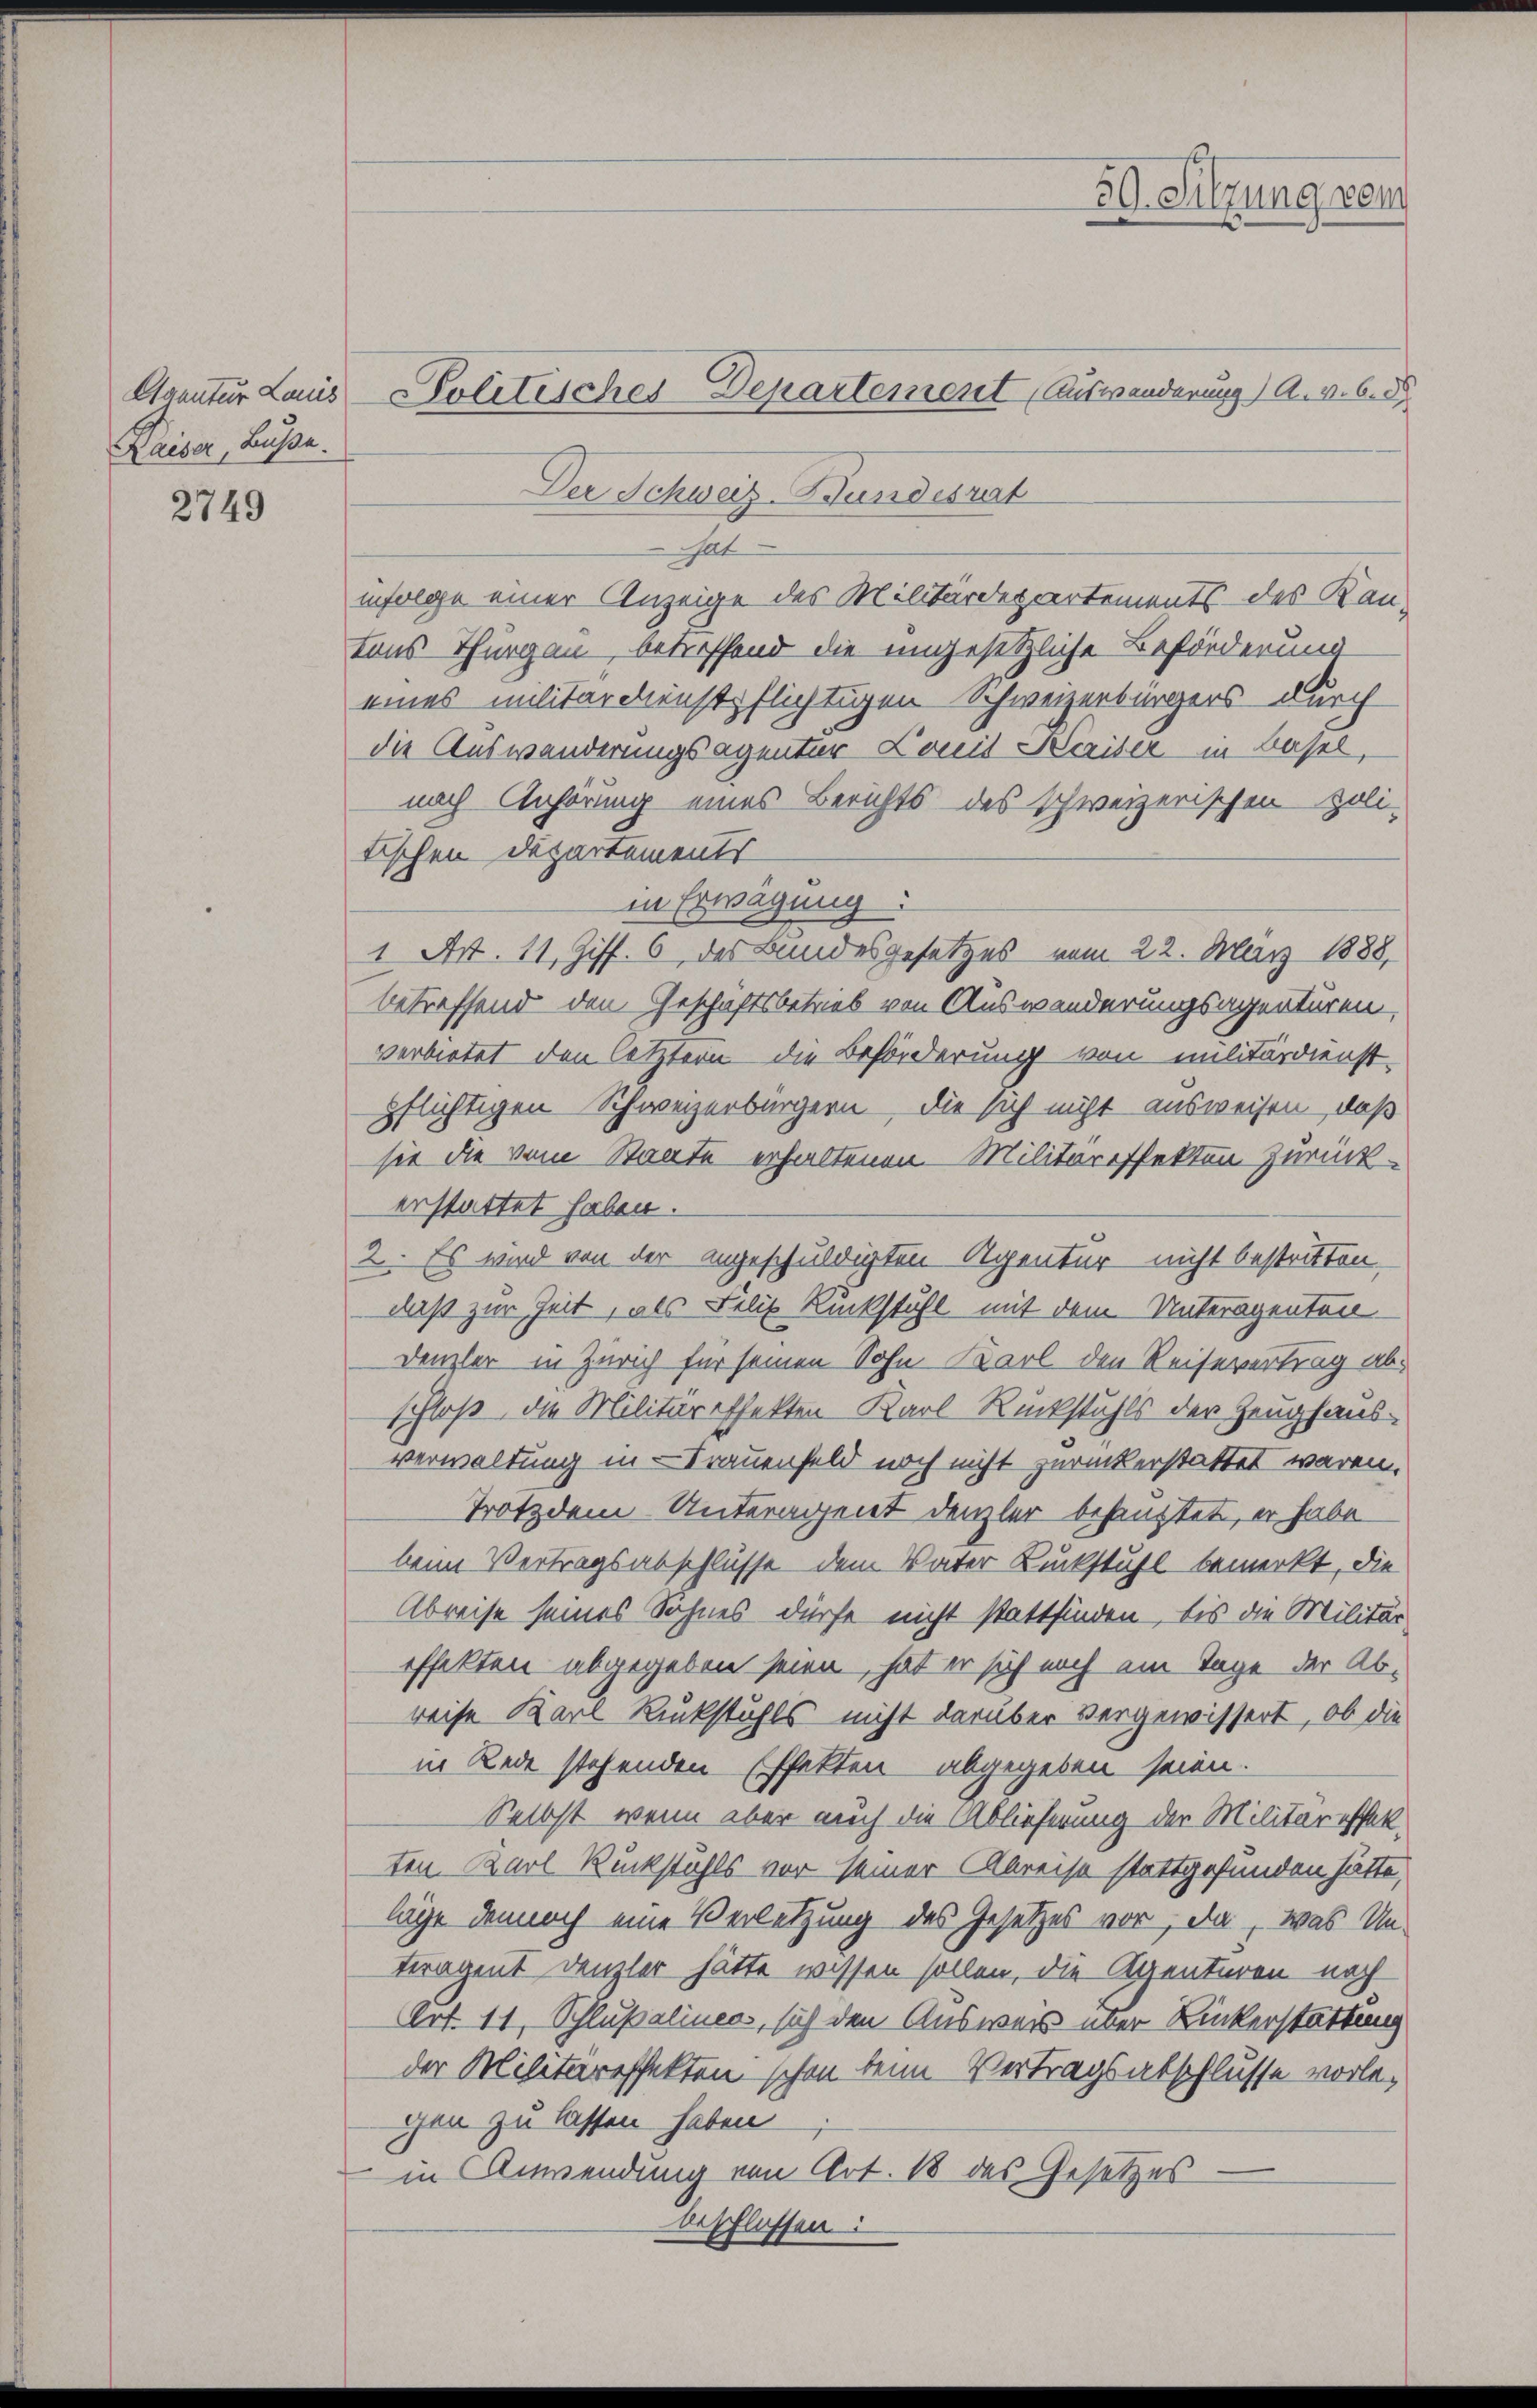
Agentur Lauis
Kaiser, Buße.

2749

hat
infolge einer Anzeige des Militärdepartements des Kantons Thurgau, betreffend die ungesetzliche Beförderung
eines militärdienst flichtigen Schweizerbürgers durch
die Auswanderungsagentur Comit Herider in Basel,
nach Anhörung eines Berichts des schweizerischen poli-
tischen Departements
in Erwägung:
1 Art. 11, Ziff. 6 des Bundesgesetzes vom 22. März 1888,
betreffend den Geschäftsbetrieb von Auswanderungsagentüren,
verbietet den letztern die Beförderung von militärdienst-
pflichtigen Schweizerbürgern, die sich nicht ausweisen, daß
sie die vom Staate erhaltenen Militäreffekten zurück-
erstattet haben.
2. Es wird von der angeschuldigten Agentur nicht bestritten.
daß zur Zeit, als Felis Rückstuhl mit dem Unteragenten
Denzler in Zürich für seinen Sohn Karl den Reisevertrag abschloß, die Militäreffekten Karl Rückstuhls der Zeughausverwaltung in Trauenfeld noch nicht zurückerstattet waren.
Trotzdem Unteragent denzler behauptet, er habe
beim Vertragsabschlüsse dem Vater Ruckstuhl bemerkt, die
Abreise seines Sohnes dürfe nicht stattfinden, bis die Militär
effekten abgegeben seien, hat er sich noch ein Tage der Abreise Karl Rückstuhls nicht darüber vergewissert, ob die
in Rede stehenden Effekten abgegeben seien.
Selbst, wenn aber auch die Ablieferung der Militäreffekten. Karl Rückstuhls vor seiner Abreise stattgefunden hätte,
läge dennoch eine Verletzung des Gesetzes vor, da, was Unteragent Denzler hätte wissen sollen, die Agenturen noch
Art. 11, Schlußalines, sich den Ausweis über Runkerstattung
der Militäreffekten schon beim Vertragsabschlusse vorlegen zu lassen haben
in Anwendung von Art. 18 des Gesetzes
beschlossen:

Politisches-Departement (Auswanderung) A. v. 6. d

Der Schweiz-Bundesrat

59. Sitzung vom